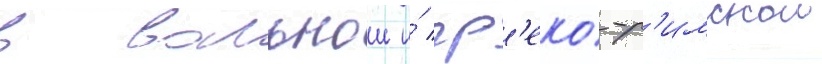
в вольнои и́ гр'еко-р'имскои